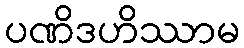
ပဏိဒဟိဿာမ